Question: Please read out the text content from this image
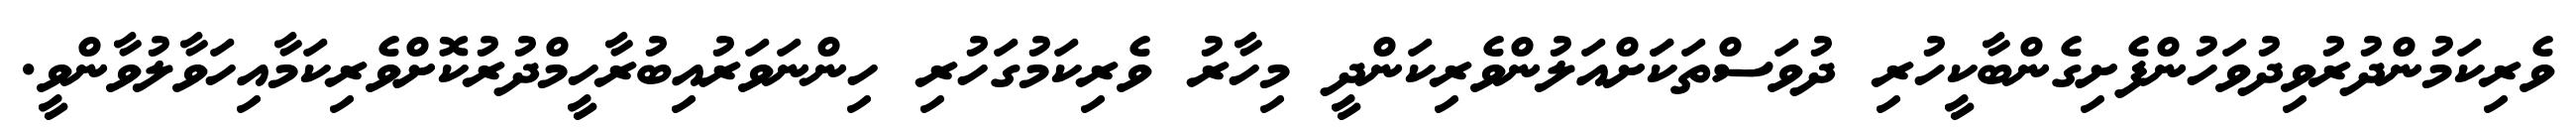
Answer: ވެރިކަމުންދުރުވިދުވަހުންފެށިގެންބާކީހުރި ދުވަސްތަކަަށްއަލުންވެރިކަންދީ މިހާރު ވެރިކަމުގަހުރި ހިންނަވަރުއިބުރާހީމްދުރުކޮށްވެރިކަމާއިހަވާލުވާންވީ.